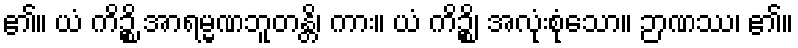
၏။ ယံ ကိဉ္စိ အာရမ္မဏဘူတန္တိ၊ ကား။ ယံ ကိဉ္စိ၊ အလုံးစုံသော။ ဉာဏဿ၊ ၏။